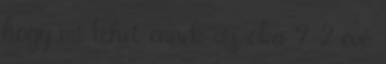
hogy mi lehet ennek az oka ? 2 éve